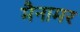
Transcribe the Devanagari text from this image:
मैनामर